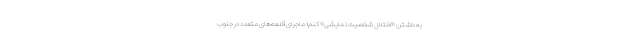
به داشتن «اختلال شخصیت نمایشی» کنم؛ ماجرای قلعه‌های متعدد در جنوب